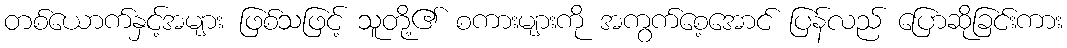
တစ်ယောက်နှင့်အများ ဖြစ်သဖြင့် သူတို့၏ စကားများကို အကွက်စေ့အောင် ပြန်လည် ပြောဆိုခြင်းကား